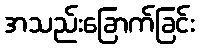
အသည်းခြောက်ခြင်း